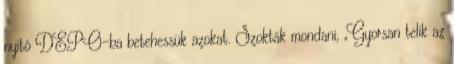
nyitó DEPO-ba betehessük azokat. Szokták mondani, „Gyorsan telik az